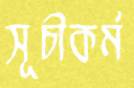
সূচীকর্ম